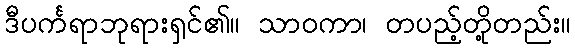
ဒီပင်္ကရာဘုရားရှင်၏။ သာဝကာ၊ တပည့်တို့တည်း။